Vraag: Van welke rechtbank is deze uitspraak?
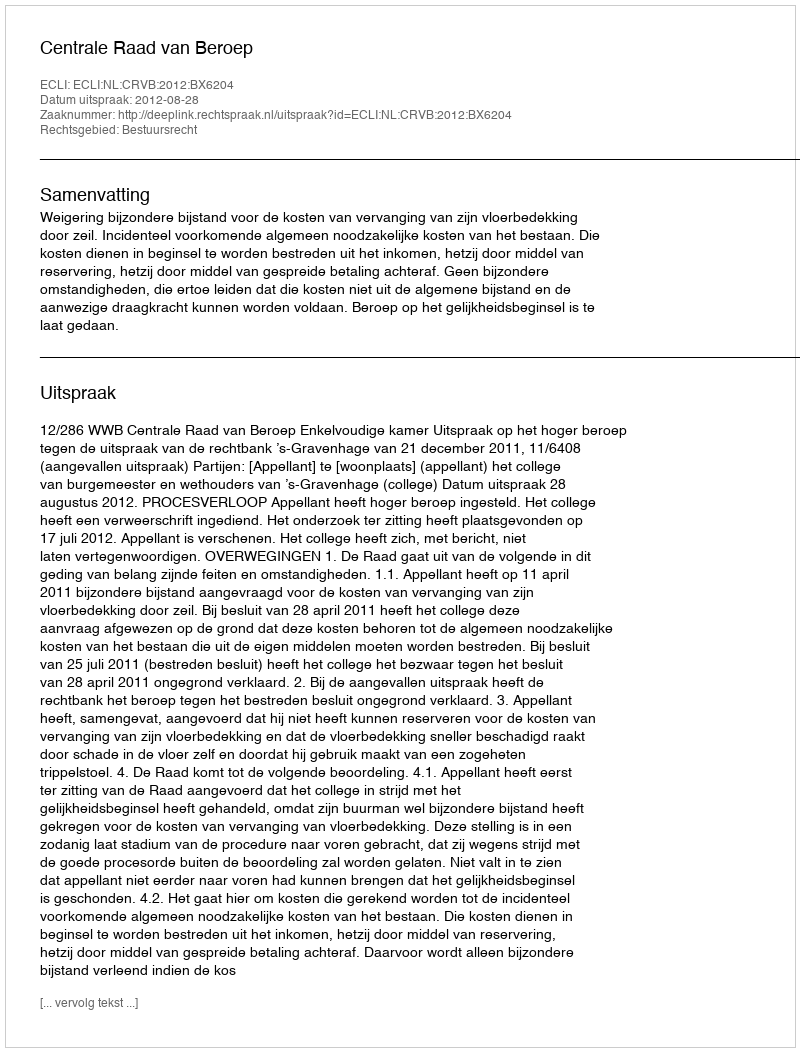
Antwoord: Centrale Raad van Beroep